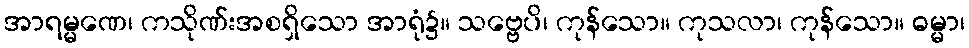
အာရမ္မဏေ၊ ကသိုဏ်းအစရှိသော အာရုံ၌။ သဗ္ဗေပိ၊ ကုန်သော။ ကုသလာ၊ ကုန်သော။ ဓမ္မာ၊